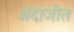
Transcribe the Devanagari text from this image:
अंदाजीत